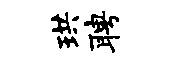
珙聘